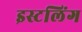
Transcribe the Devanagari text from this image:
इस्टलिंग